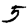
Digit: 5